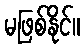
မဖြစ်နိုင်။